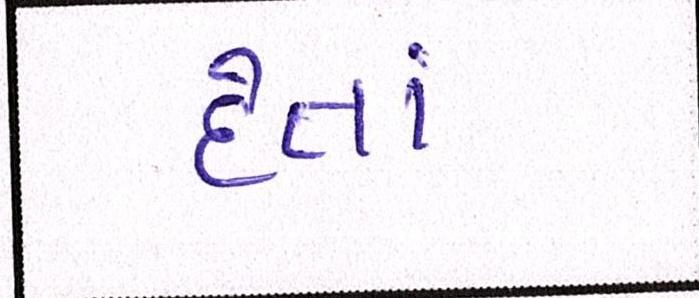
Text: દેતાં